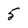
Character: 5